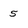
Character: 5